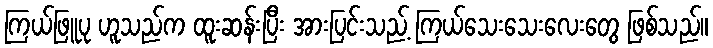
ကြယ်ဖြူပု ဟူသည်က ထူးဆန်းပြီး အားပြင်းသည့် ကြယ်သေးသေးလေးတွေ ဖြစ်သည်။